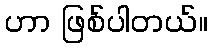
ဟာ ဖြစ်ပါတယ်။